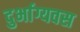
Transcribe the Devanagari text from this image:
दुर्भाग्यवस